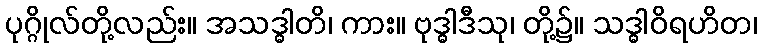
ပုဂ္ဂိုလ်တို့လည်း။ အသဒ္ဓါတိ၊ ကား။ ဗုဒ္ဓါဒီသု၊ တို့၌။ သဒ္ဓါဝိရဟိတ၊